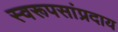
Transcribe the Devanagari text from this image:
स्वरूपसांप्रदाय